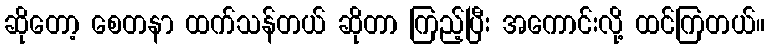
ဆိုတော့ စေတနာ ထက်သန်တယ် ဆိုတာ ကြည့်ပြီး အကောင်းလို့ ထင်ကြတယ်။